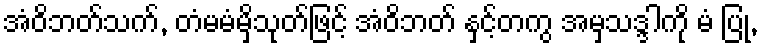
အံဝိဘတ်သက်, တံမမံမှိသုတ်ဖြင့် အံဝိဘတ် နှင့်တကွ အမှသဒ္ဒါကို မံ ပြု,